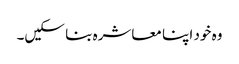
وہ خود اپنا معاشرہ بنا سکیں۔